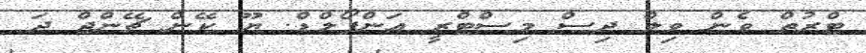
ޓްރުތް ވެން ވިލް ދިސް މިސްޓްރީ އަންފޯލްޑް. ޔޫ ކޭން ޗޭންޖް ދަ